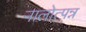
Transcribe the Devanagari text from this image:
नालोत्पन्न